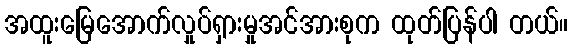
အထူးမြေအောက်လှုပ်ရှားမှုအင်အားစုက ထုတ်ပြန်ပါ တယ်။